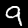
Digit: 9